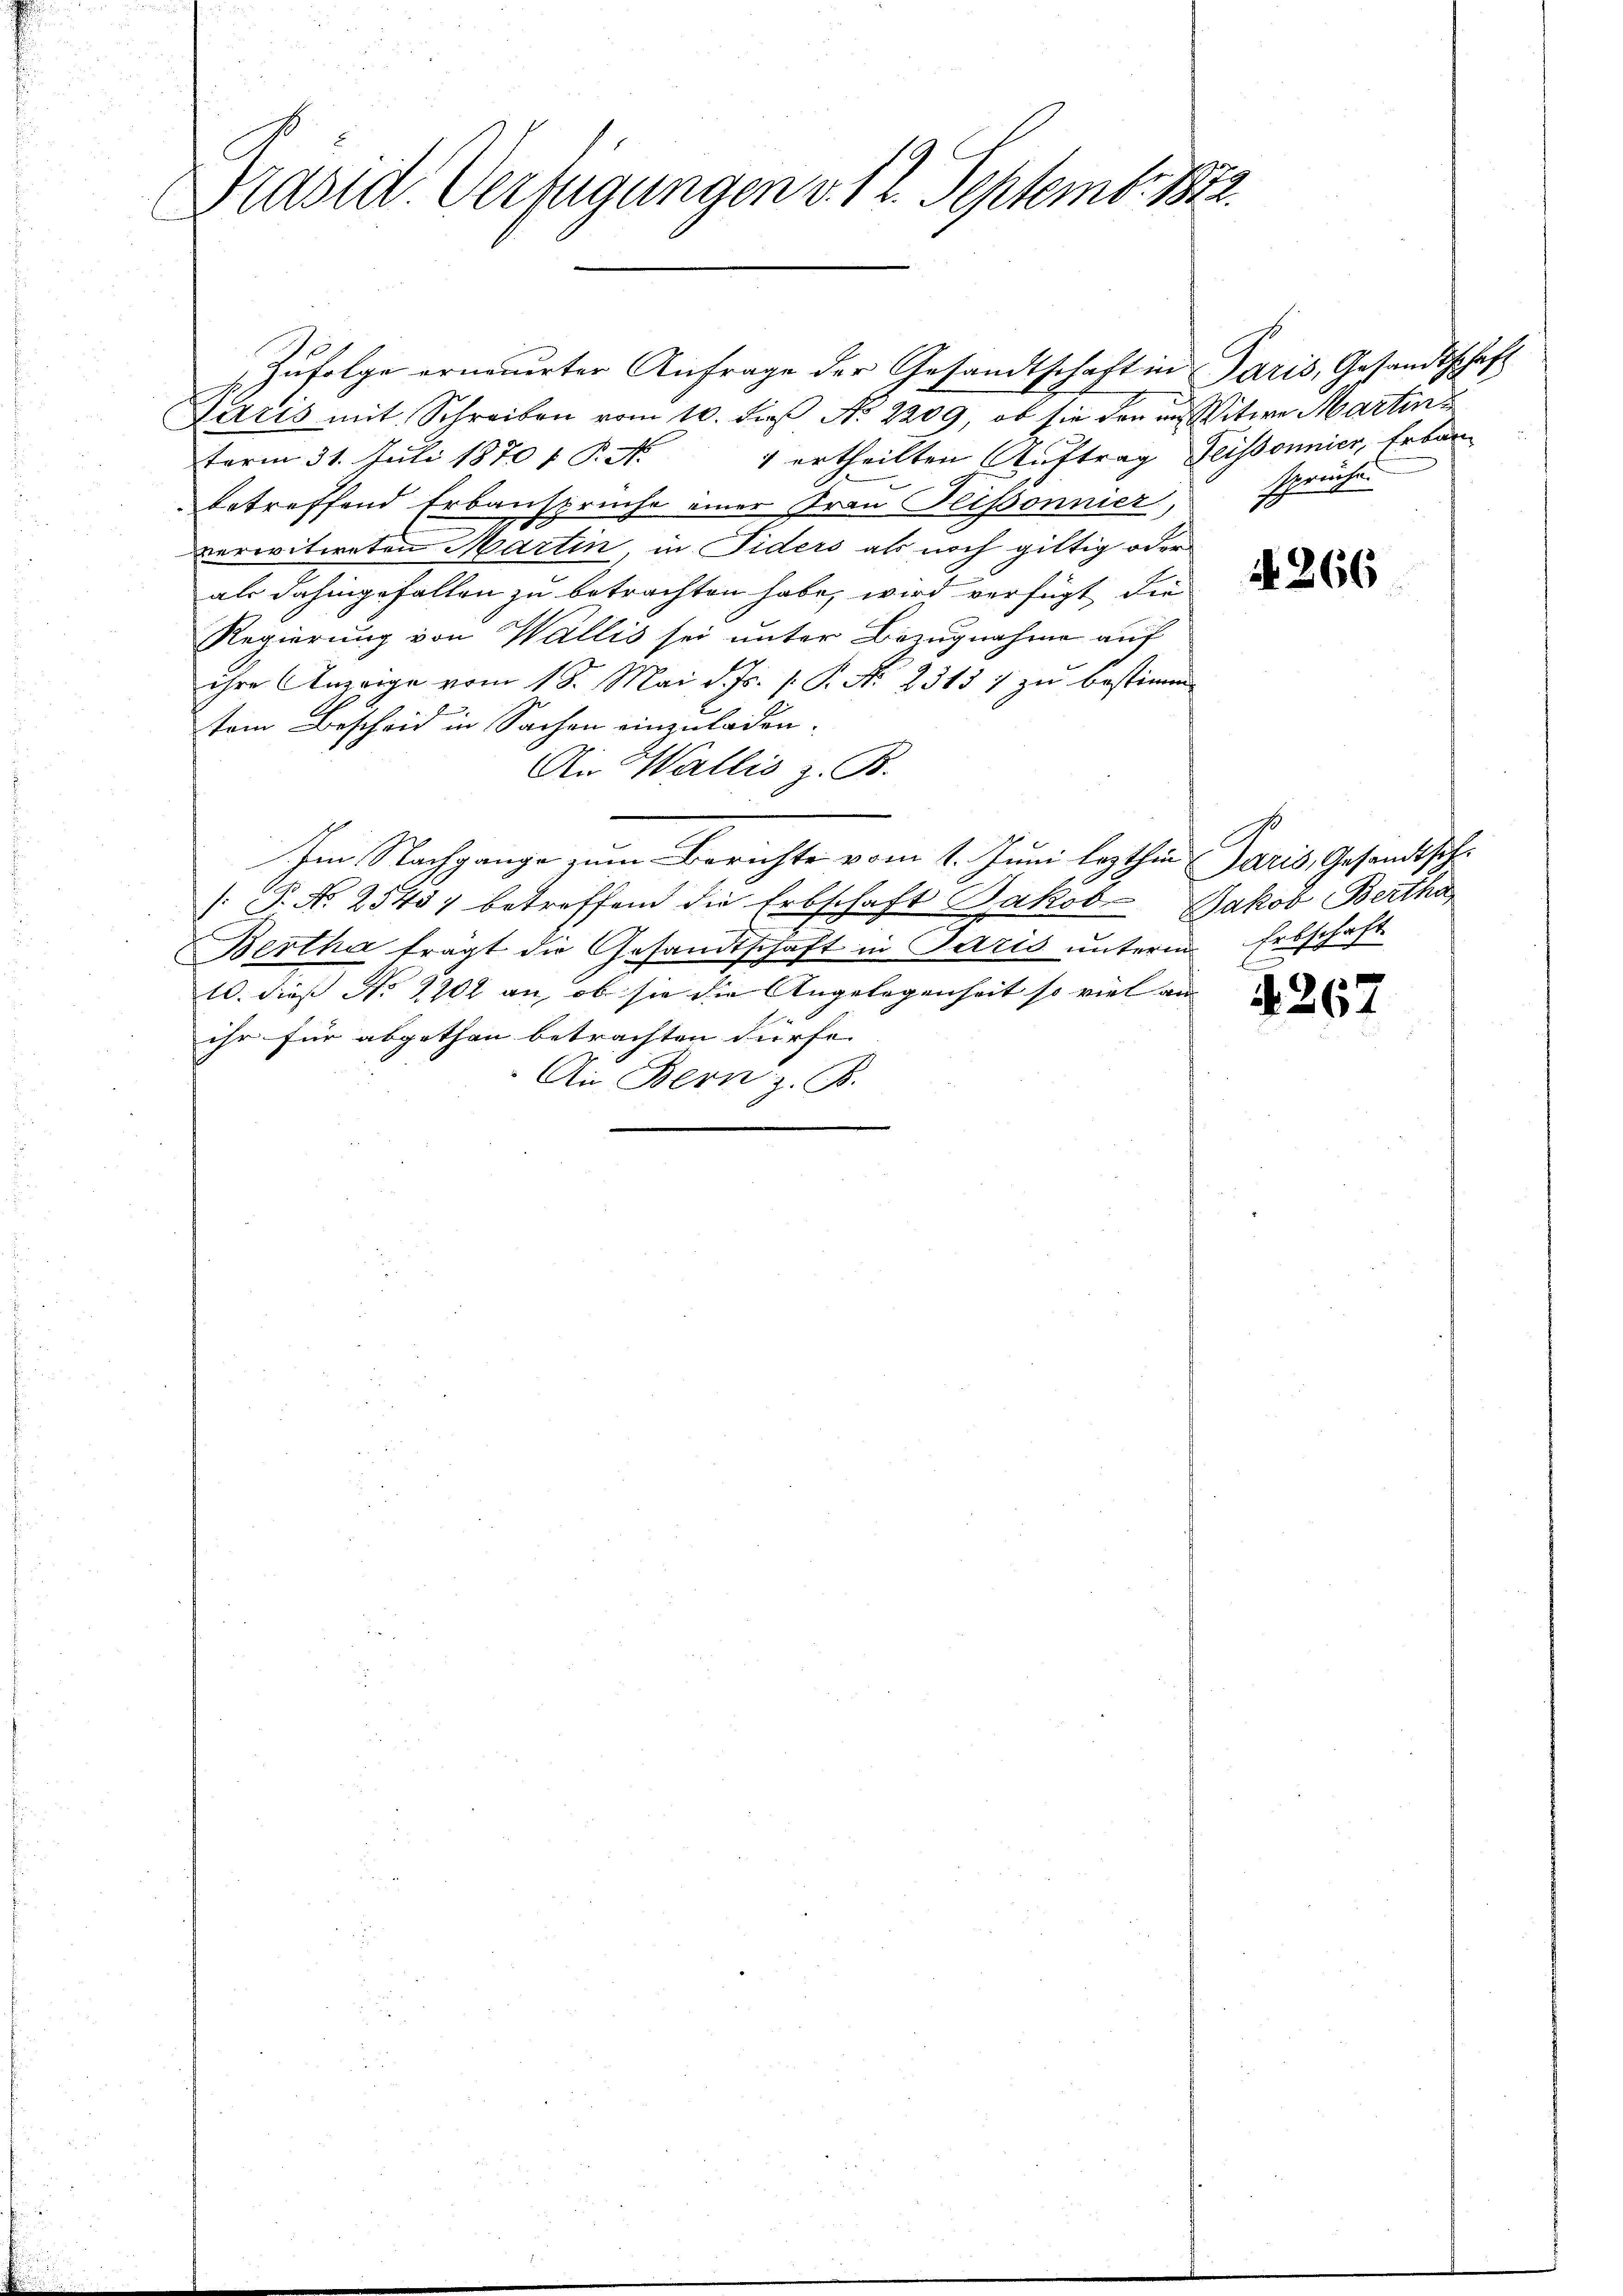
Präsid. Verfügungen v. 12. Septemb. 1872.
C

Zŭfolge erneuerter Anfrage der Gesandtschaft in Paris, Gesandtschaft
Paris mit Schreiben vom 10. die No 2209, ob sie den in Witwe Martin z
term 31. Juli 1870 f. P. Nr. 1 ertheilten Auftrag Geissonnier, Erban
betreffend Erbanspruche einer Frau Pissonnier,
verwitweten Martin, in Fiders als noch giltig oder
als dahingefallen zu betrachten habe, wird verfügt die
Regierung von Wallis sei unter Bezugnahme auf
ihre Anzeige vom 18. Mai d. Js. v. P. N. 2515 1 zu bestimm
tem Bescheid in Sachen einzuladen.
An Wallis z. B.
Im Nachgange zum Berichte vom 1. Juni lezthin Paris, Gesandtsche
 P. No 2545; betreffend die Erbschaft Jakob Jakob Bertha
Bertha trägt die Gesandtschaft in Paris unterm Erbschaft
10. dieß No 2202 an, ob sie die Angelegenheit so viel an
ihr für abgethan betrachten dürfe. |
An Bern z. B.

sprüche.

N 266

E
4267